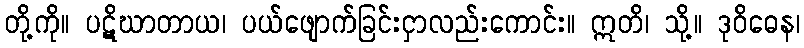
တို့ကို။ ပဋိဃာတာယ၊ ပယ်ဖျောက်ခြင်းငှာလည်းကောင်း။ ဣတိ၊ သို့။ ဒုဝိဓေန၊